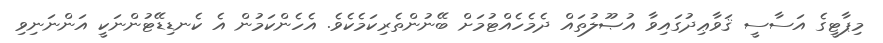
މިޕާޓީގެ އަސާސީ ޤަވާޢިދުގައިވާ އުޞޫލުތައް ދެމެހެއްޓުމަށް ބޭނުންތެރިކަމެކެވެ. އެހެންކަމުން އެ ކެނޑިޑޭޓުންނަކީ އަންނަނިވި